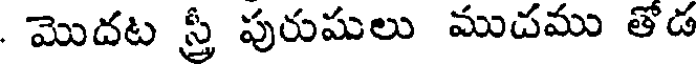
మొదట స్త్రీ పురుషులు ముదము తోడ